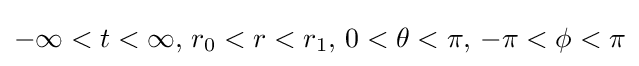
-\infty <t<\infty ,\,r_{0}<r<r_{1},\,0<\theta <\pi ,\,-\pi <\phi <\pi